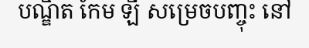
បណ្ឌិត កែម ឡី សម្រេចបញ្ចុះ នៅ